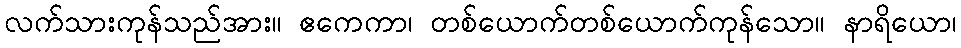
လက်သားကုန်သည်အား။ ဧကေကာ၊ တစ်ယောက်တစ်ယောက်ကုန်သော။ နာရိယော၊